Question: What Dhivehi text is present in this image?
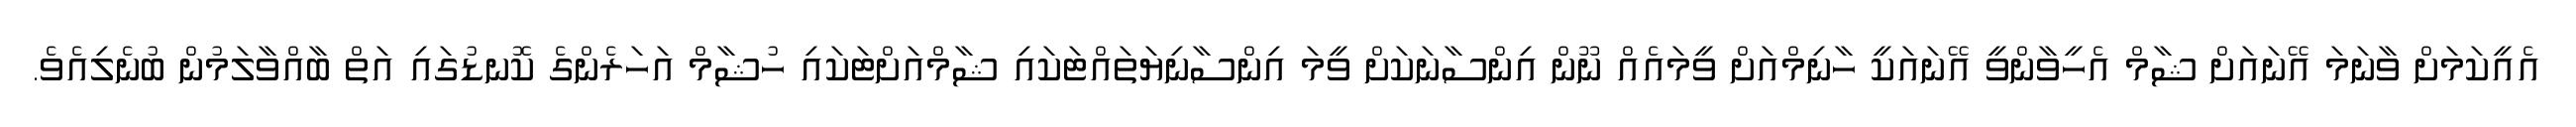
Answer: އެއީކަމަށް ވާނަމަ އޭނައަށް ޝާމް އެހީވާންވީ އޭނައަކީ ހާނިމްއަށް ވީމައެއް ނޫން އިންސާނަކަށް ވީމަ އިންސާނިޔަތައްޓަކައި ޝާމްއަށްޓަކައި ހުޝާމް އަހަރެންގެ ކޮނޑުގައި އަތް ބާއްވާލަމުން ބުނެލިއެވެ.